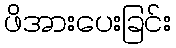
ဖိအားပေးခြင်း